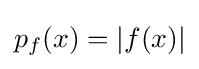
p_{f}(x)=|f(x)|